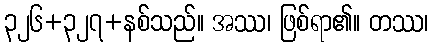
၃၂၆+၃၂၇+နစ်သည်။ အဿ၊ ဖြစ်ရာ၏။ တဿ၊